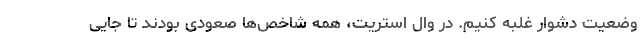
وضعیت دشوار غلبه کنیم. در وال استریت، همه شاخص‌ها صعودی بودند تا جایی